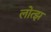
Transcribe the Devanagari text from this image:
लोत्झ